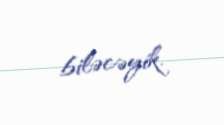
biləcəyik.